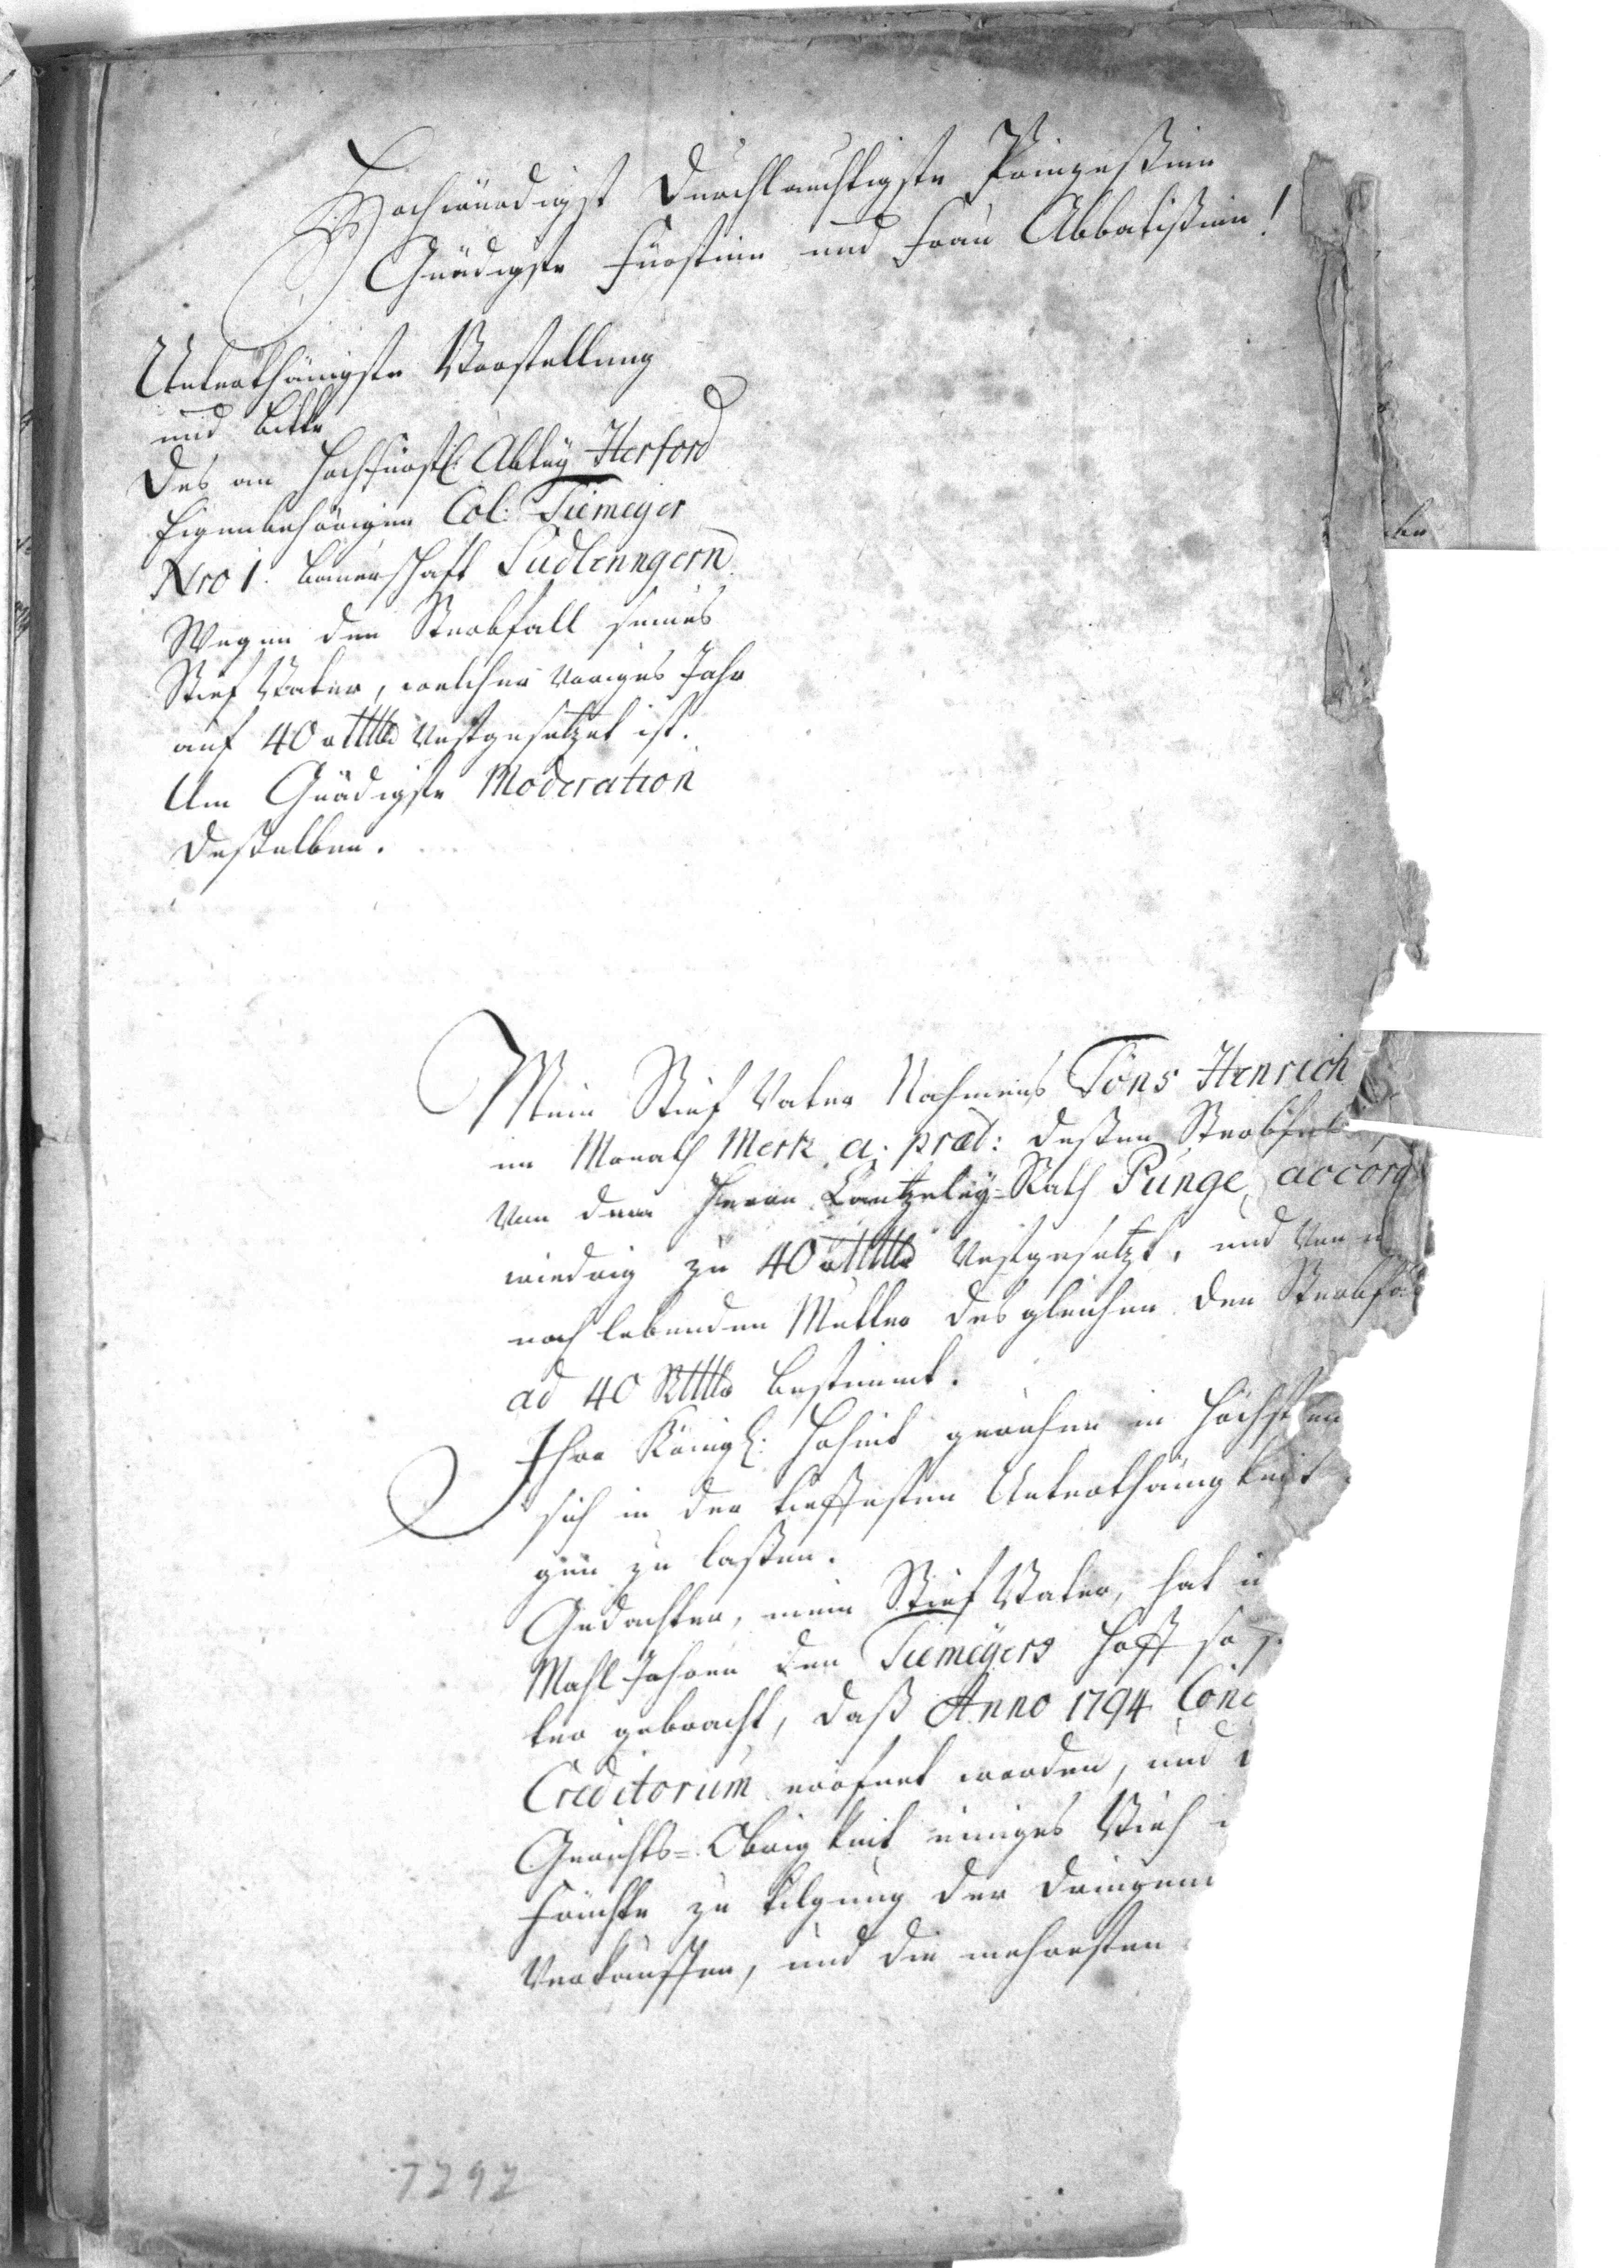
Hochwürdigst Durchlauchtigste Prinzeßinn
Gnädigste Fürstin und Frau Abbatißinn!

Unterthänigste Vorstellung
und Bitte
Des an hochfürstl. Abtey Herford
Eigenbehörigen Col. Tiemeyer
Nro 1: Bauerschaft Südlenngern
Wegen den Sterbfall seines
Stief Vater, welcher voriges Jahr
auf 40 rttttr vestgesetzet ist.
Um Gnädigste Moderation
deßelben.

Mein Stief Vater Nahmens Jöns Henrich
im Monath Mertz a. præs: deßen Sterbfall
um dem Herrn Cantzley-Rath Punge accor
wiedrig zu 40 rtttttr Vestgesetzt, und Un
noch lebenden Mutter des gleichen den Sterbf
ad 40 Rttttr bestimmt.
Ihre Königl. Hoheit geruhen in Höchst en
sich in der tieffesten Unterthänigkeit
gen zu laßen.
Gedachten, mein Stief Vater, hat
Mahl Jahren den Tiemeyers Hoff so
ter gebracht, daß Anno 1794 Conc
Creditorum eröfnet worden, und
Gerichts-Obrigkeit einiges Vieh
Früchte zu Tilgung der dringen
Verkauffen, und die mehresten
1797